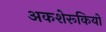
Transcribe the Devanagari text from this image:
अकशेरूकियों